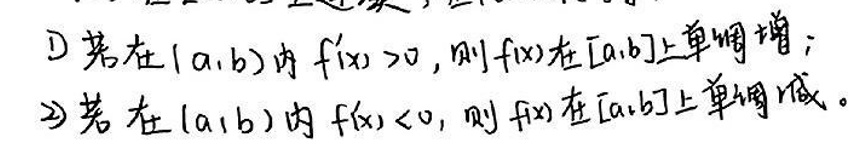
\begin{enumerate}
    \item 若在\((a,b)\)内\(f'(x)>0\)，则\(f(x)\)在\([a,b]\)上单调增；
    \item 若在\((a,b)\)内\(f'(x)<0\)，则\(f(x)\)在\([a,b]\)上单调减。
\end{enumerate}